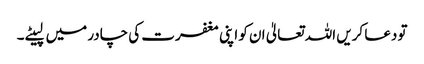
تو دعا کریں اللہ تعالیٰ ان کو اپنی مغفرت کی چادر میں لپیٹے۔